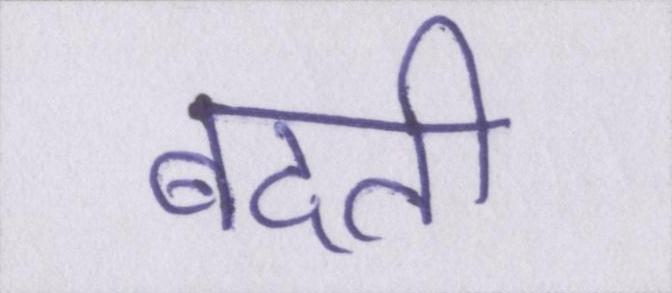
बदती